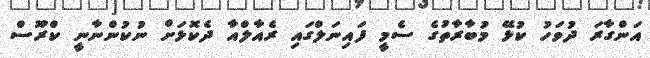
އަންގާރަ ދުވަހު ކުޅޭ މުބާރާތުގެ ސެމީ ފައިނަލްގައި ރެއާލްއާ ދެކޮޅަށް ނުކުންނާނީ ކްރޫސް